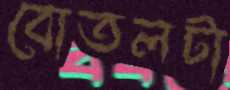
বোতলটা